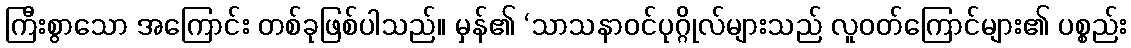
ကြီးစွာသော အကြောင်း တစ်ခုဖြစ်ပါသည်။ မှန်၏ ‘သာသနာဝင်ပုဂ္ဂိုလ်များသည် လူဝတ်ကြောင်များ၏ ပစ္စည်း